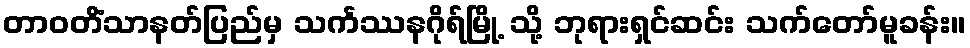
တာဝတိံသာနတ်ပြည်မှ သင်္ကဿနဂိုရ်မြို့ သို့ ဘုရားရှင်ဆင်း သက်တော်မူခန်း။